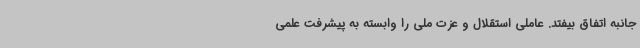
جانبه اتفاق بیفتد. عاملی استقلال و عزت ملی را وابسته به پیشرفت علمی